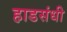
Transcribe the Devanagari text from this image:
हाडसंधी